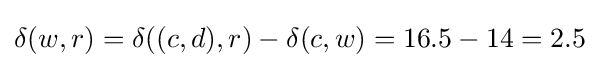
\delta (w,r)=\delta ((c,d),r)-\delta (c,w)=16.5-14=2.5